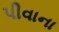
પીવાના